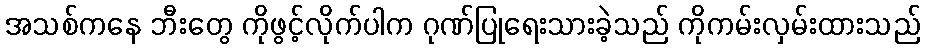
အသစ်ကနေ ဘီးတွေ ကိုဖွင့်လိုက်ပါက ဂုဏ်ပြုရေးသားခဲ့သည် ကိုကမ်းလှမ်းထားသည်